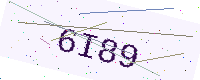
Text: 6I89